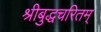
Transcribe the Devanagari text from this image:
श्रीबुद्धचरितम्